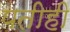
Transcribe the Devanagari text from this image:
पतीही